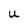
Character: U